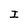
Character: I